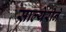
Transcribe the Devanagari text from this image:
साल्येरीने